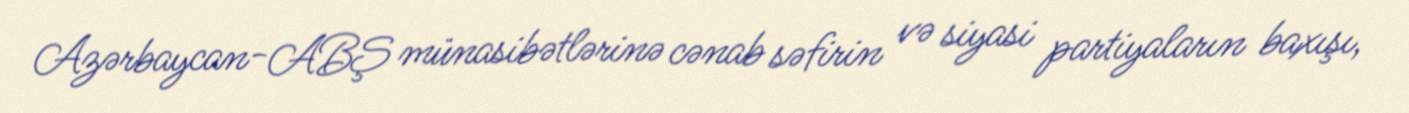
Azərbaycan-ABŞ münasibətlərinə cənab səfirin və siyasi partiyaların baxışı,